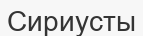
Сириусты